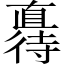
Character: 𫹦